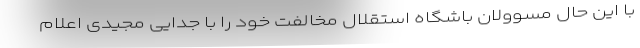
با این حال مسوولان باشگاه استقلال مخالفت خود را با جدایی مجیدی اعلام